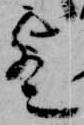
歟